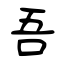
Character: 吾